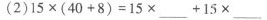
(2)$$15 \times ( 4 0 + 8 ) = 1 5 \times ___+1 5 \times ___$$